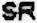
SR